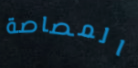
المصاصة